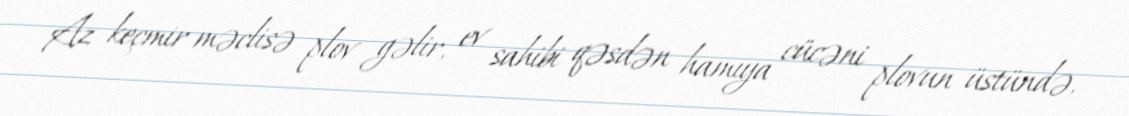
Az keçmir məclisə plov gəlir, ev sahibi qəsdən hamıya cücəni plovun üstündə,